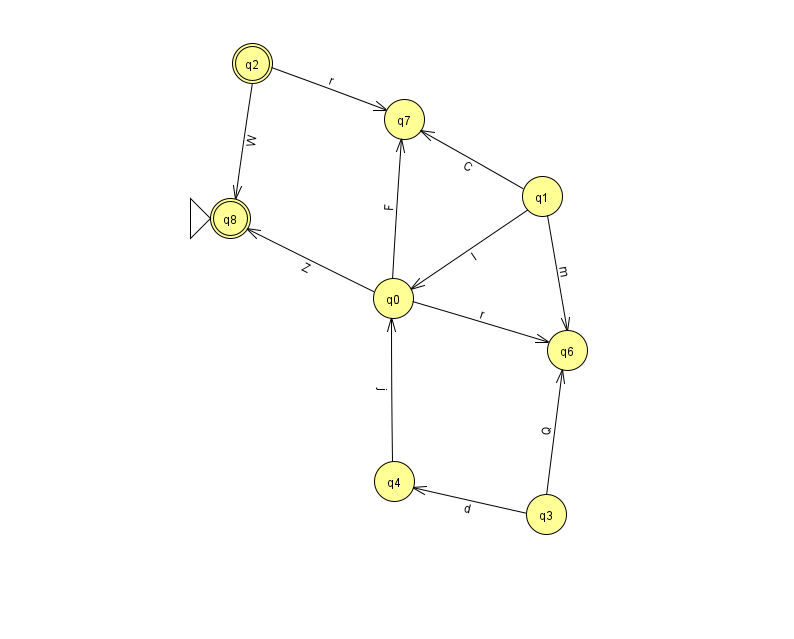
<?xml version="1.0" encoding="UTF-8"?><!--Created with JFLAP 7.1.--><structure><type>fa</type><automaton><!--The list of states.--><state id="0" name="q0"><x>393.0</x><y>285.0</y></state><state id="1" name="q1"><x>542.0</x><y>183.0</y></state><state id="2" name="q2"><x>252.0</x><y>50.0</y><final/></state><state id="3" name="q3"><x>546.0</x><y>501.0</y></state><state id="4" name="q4"><x>394.0</x><y>468.0</y></state><state id="6" name="q6"><x>567.0</x><y>337.0</y></state><state id="7" name="q7"><x>404.0</x><y>106.0</y></state><state id="8" name="q8"><x>230.0</x><y>205.0</y><initial/><final/></state><!--The list of transitions.--><transition><from>2</from><to>8</to><read>W</read></transition><transition><from>3</from><to>6</to><read>Q</read></transition><transition><from>0</from><to>7</to><read>F</read></transition><transition><from>1</from><to>7</to><read>C</read></transition><transition><from>4</from><to>0</to><read>j</read></transition><transition><from>0</from><to>6</to><read>r</read></transition><transition><from>0</from><to>8</to><read>Z</read></transition><transition><from>1</from><to>0</to><read>l</read></transition><transition><from>2</from><to>7</to><read>r</read></transition><transition><from>1</from><to>6</to><read>m</read></transition><transition><from>3</from><to>4</to><read>d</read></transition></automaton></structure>